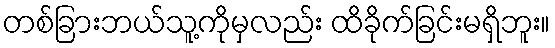
တစ်ခြားဘယ်သူ့ကိုမှလည်း ထိခိုက်ခြင်းမရှိဘူး။